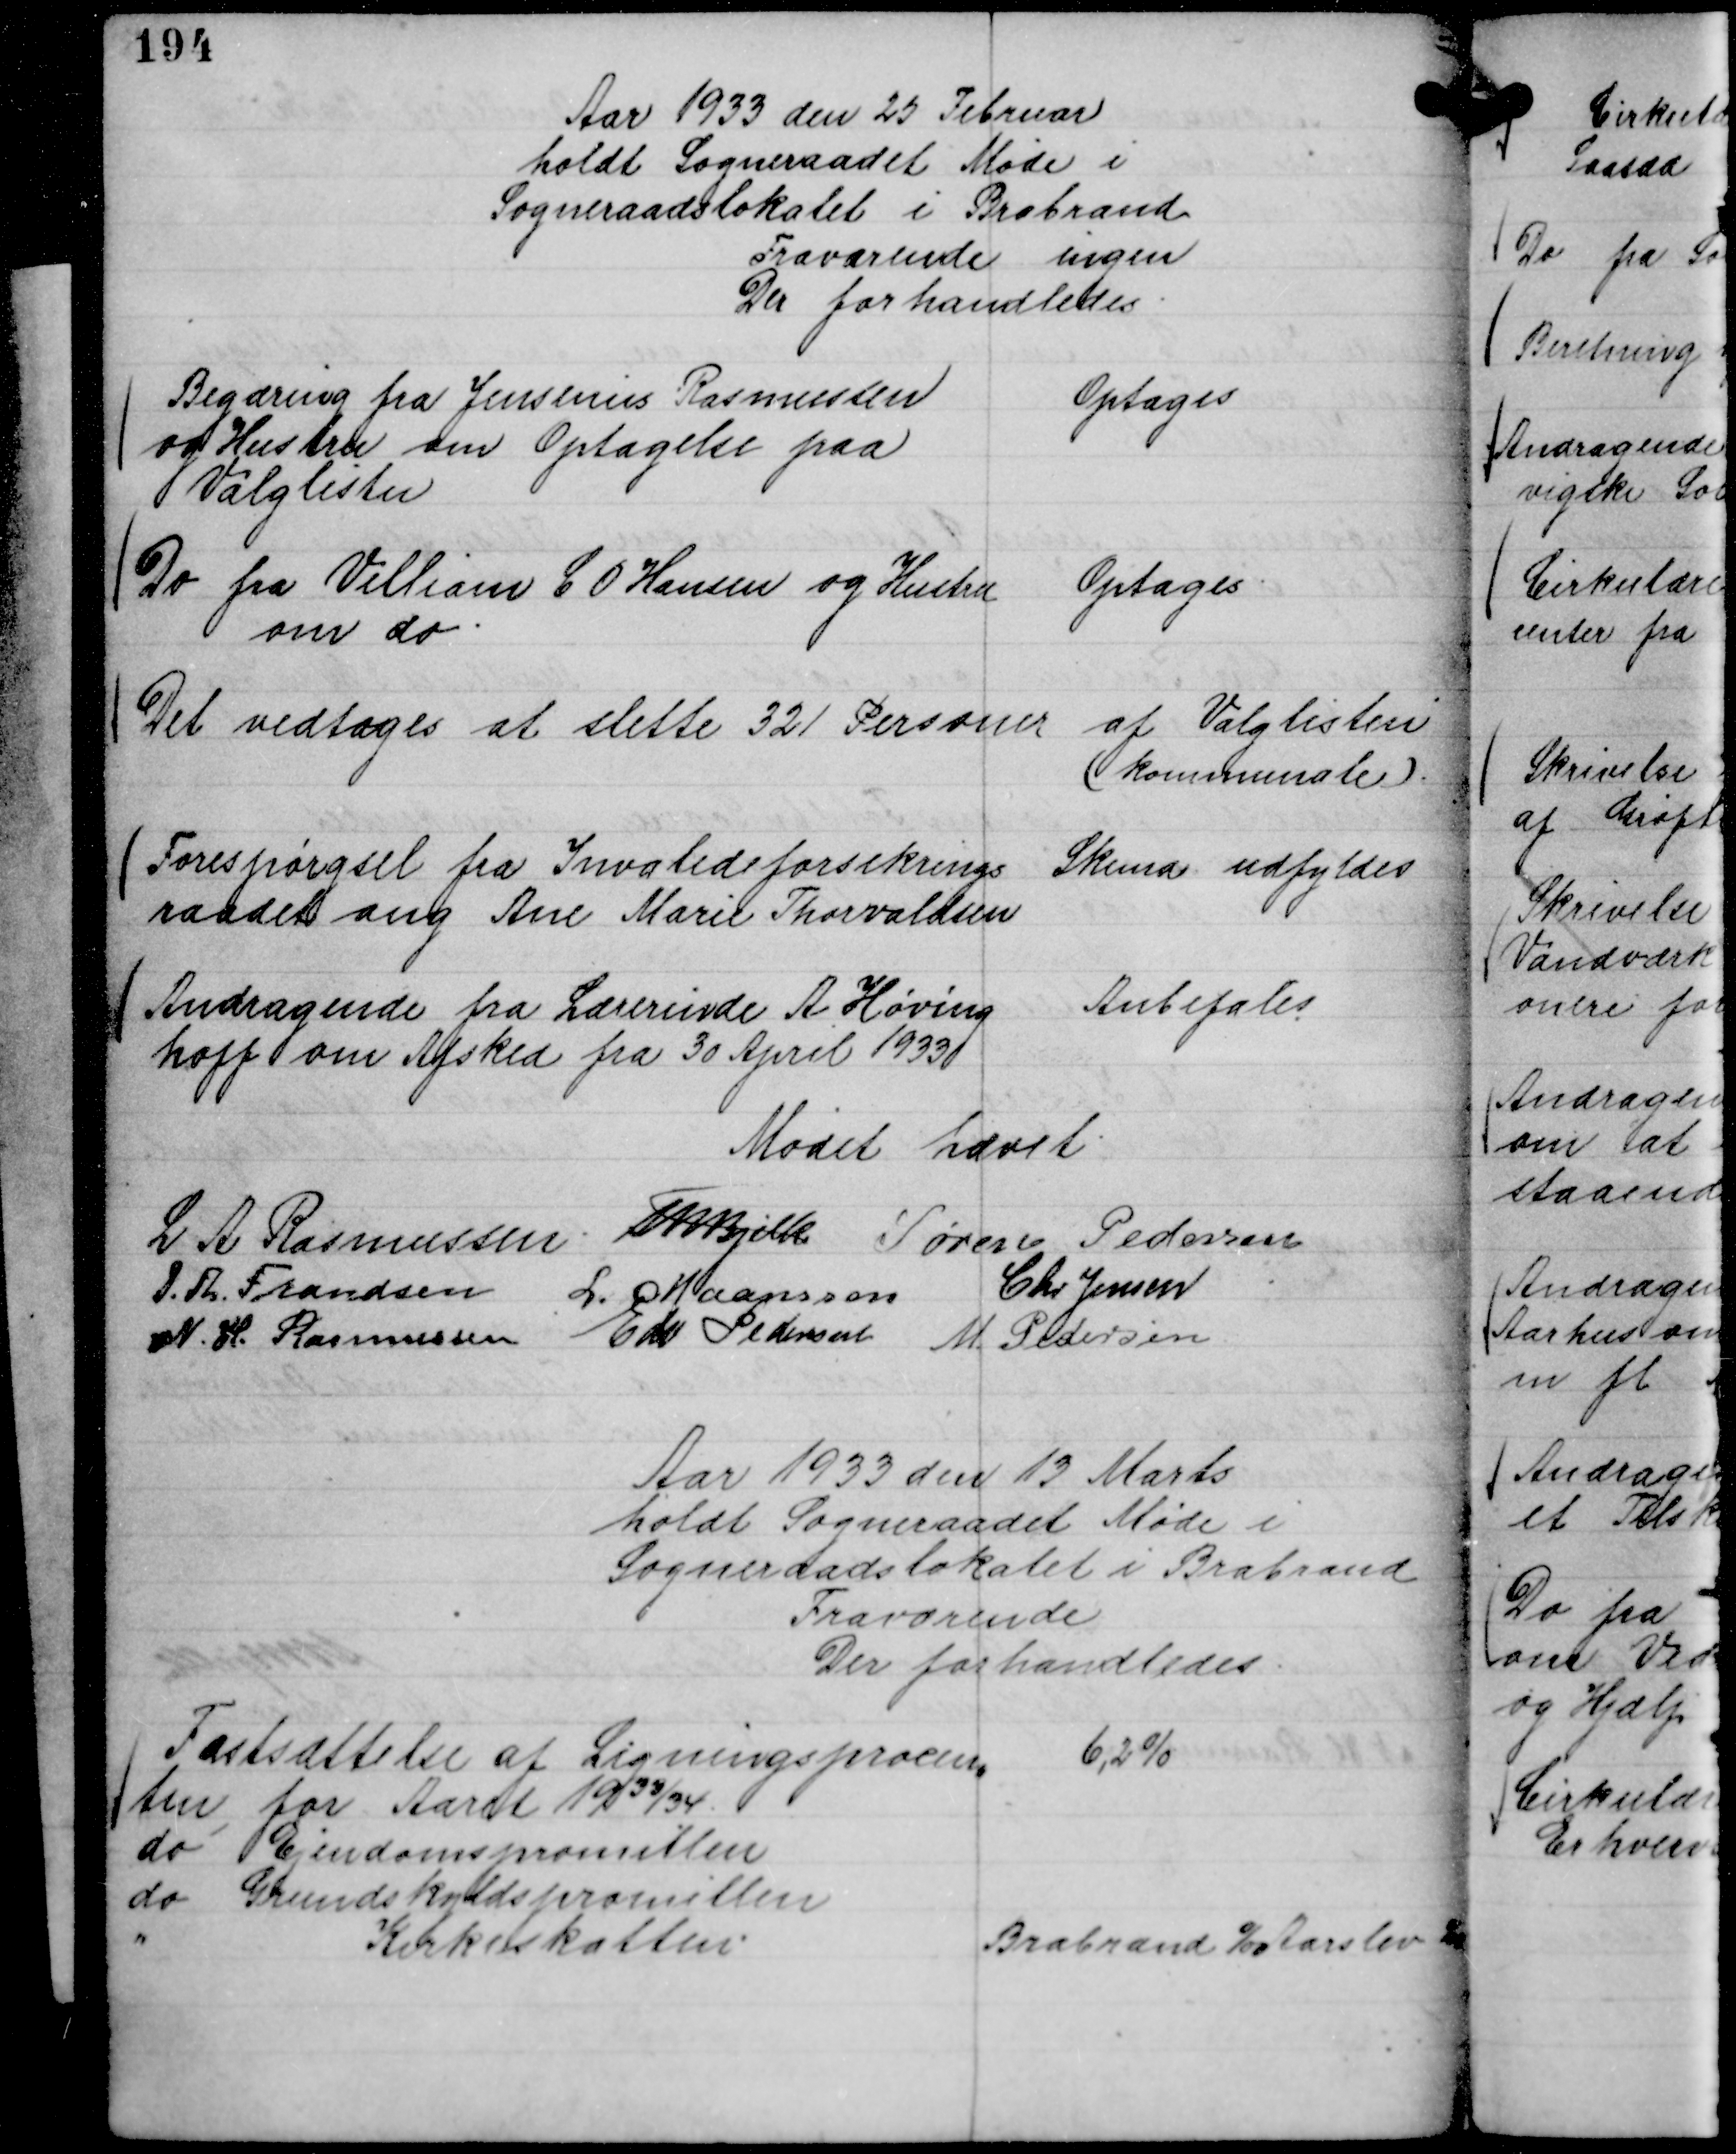
Transskription:
Aar 1933 den 25 Februar
holdt Sogneraadet Møde i
Sogneraadslokalet i Brabrand
Fraværende ingen
Der forhandledes.

Begæring fra Jensenius Rasmussen
og Hustru om Optagelse paa
Valglisten

Optages

Do fra Villiam C O Hansen og Hustru
om do.

Optages.

Det vedtoges at slette 32 Personer af Valglisten
( kommunale ).

Forespørgsel fra Invalideforsikrings
raadet ang Ane Marie Thorvaldsen

Skema udfyldes

Andragende fra Lærerinde A Høving
hoff om Afsked fra 30 April 1933

Anbefales

Mødet hævet.
L A Rasmussen.
Th Bjelke
Søren Pedersen
P. Th. Frandsen
L. Maansson
Chr Jensen
N. H. Rasmussen
Edv Pedersen
M. Pedersen

Aar 1933 den 13 Marts
holdt Sogneraadet Møde i
Sogneraadslokalet i Brabrand
Fraværende
Der forhandledes.

Fastsættelse af Ligningsprocen,,
ten for Aaret 19 33/34.
6,2 %
do Ejendomspromillen
do Grundskyldspromillen
"
Kirkeskatten
Brabrand o/oo Aarslev o/oo